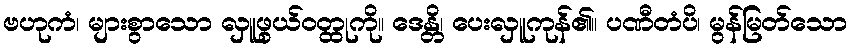
ဗဟုကံ၊ များစွာသော လှူဖွယ်ဝတ္ထုကို။ ဒေန္တိ၊ ပေးလှူကုန်၏။ ပဏီတံပိ၊ မွန်မြတ်သော